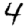
Digit: 4